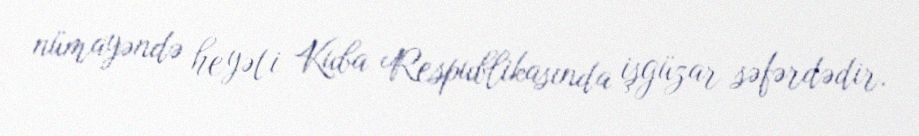
nümayəndə heyəti Kuba Respublikasında işgüzar səfərdədir.